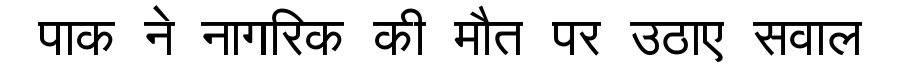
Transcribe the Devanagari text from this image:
पाक ने नागरिक की मौत पर उठाए सवाल